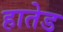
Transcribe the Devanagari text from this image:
हातेड